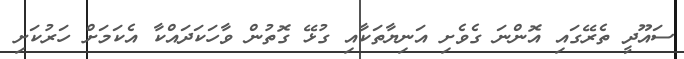
ސައޫދީ ތެރޭގައި އޮންނަ ގެވެށި އަނިޔާތަކާއި ގުޅޭ ގޮތުން ވާހަކަދައްކާ އެކަމަށް ހަރުކަށި